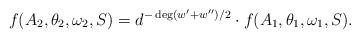
LaTeX: \begin{align*}f(A_2,\theta_2,\omega_2,S)= d^{-\deg(w'+w'')/2}\cdot f(A_1, \theta_1, \omega_1,S).\end{align*}